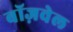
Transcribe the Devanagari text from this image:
बॉज़वेल